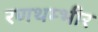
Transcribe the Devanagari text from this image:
रणथम्भीर